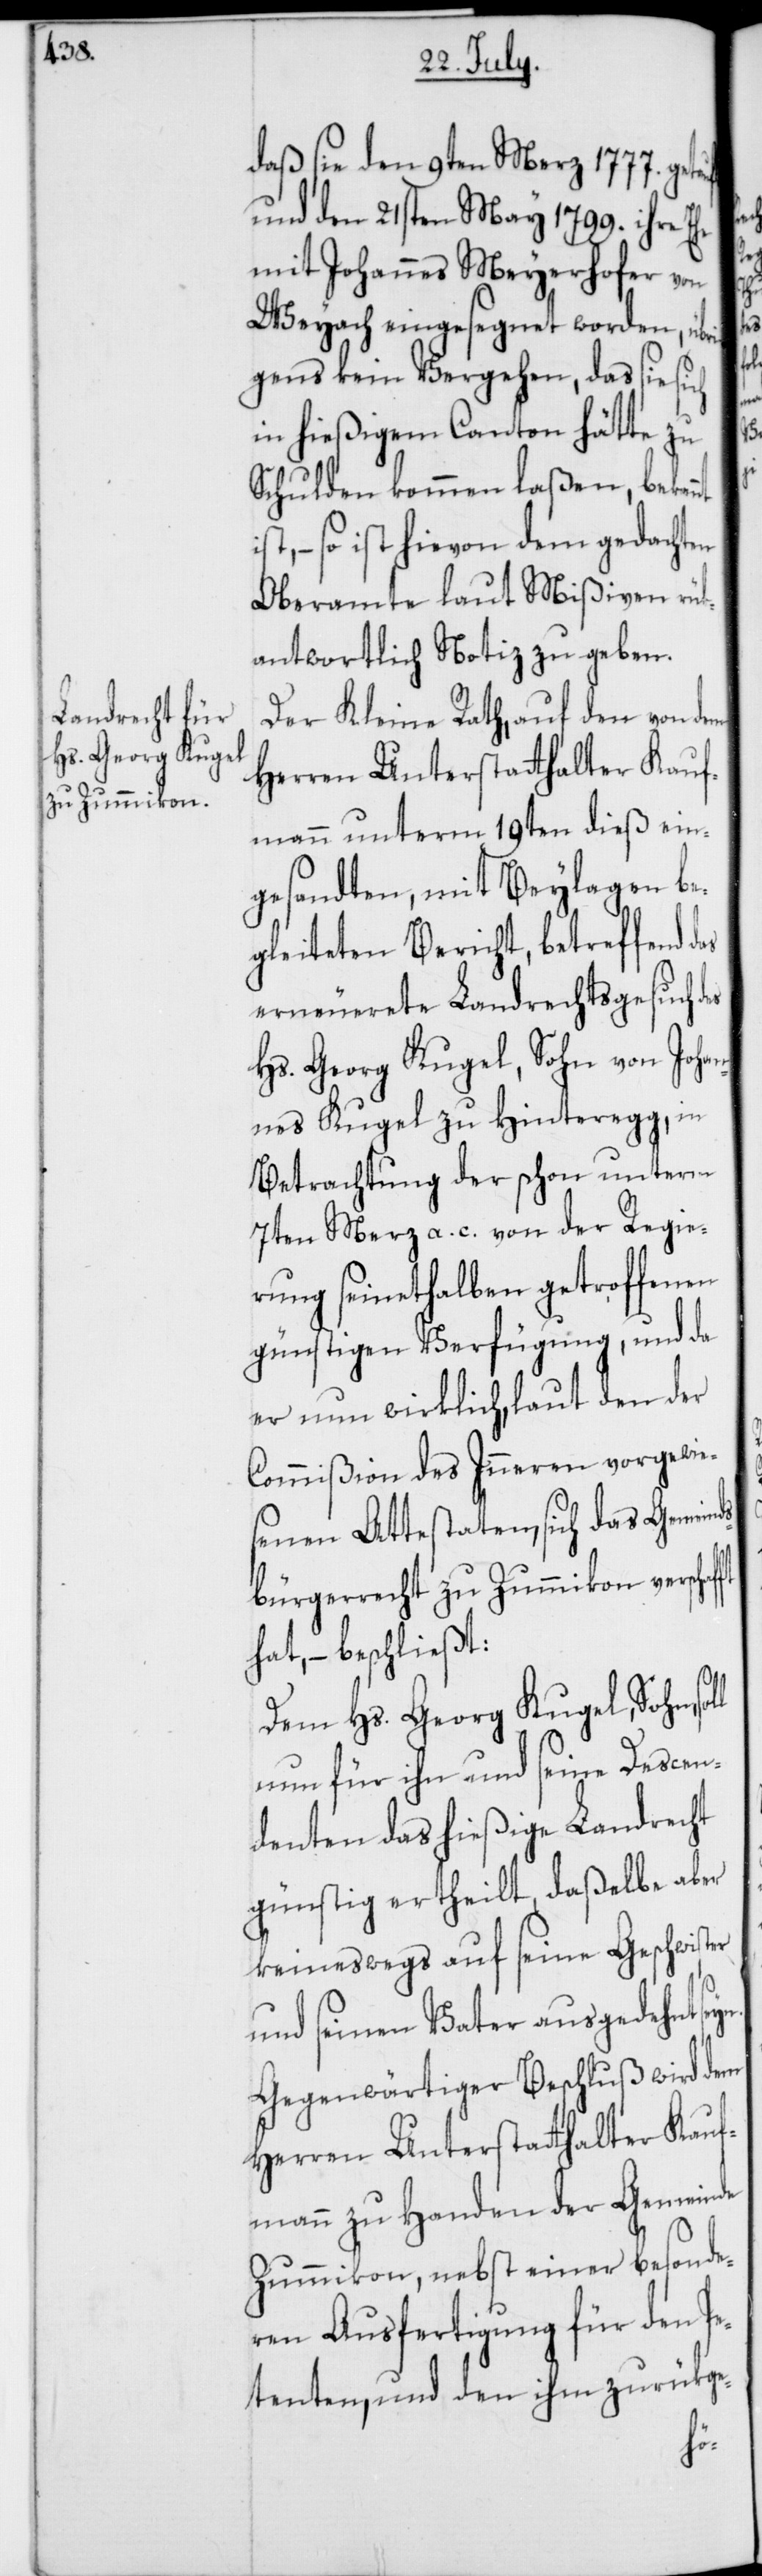
daß sie den 9ten Merz 1777. get¬
und den 21sten May 1799. ihre E¬
mit Johannes Meyerhofer von
Weyach eingesegnet worden, übr¬
igens kein Vergehen, das sie si¬
in hießigem Canton hätte zu
Schulden kommen laßen, bekannt
so ist hievon dem gedachten
Oberamte laut Mißiven rük¬
antwortlich Notiz zu geben.
Der Kleine Rath, auf den von dem
Herren Unterstatthalter Kauf¬
mann unterm 19ten dieß ein¬
gesandten, mit Beylagen be¬
gleiteten Bericht, betreffend
erneuerete Landrechtsgesuch des
Hs. Georg Kugel, Sohn von Johan¬
nes Kugel zu Hinteregg, in
Betrachtung der schon unterm
7ten Merz a. c. von der Regie¬
rung seinethalben getroffenen
günstigen Verfügung, und da
er nun wirklich, laut den der
Commißion des Inneren vorgewie¬
senen Attestaten, sich das Gemeind¬
sbürgerrecht zu Zummikon verschaf¬
hat, – beschließt:
Dem Hs. Georg Kugel, Sohn,
nun für ihn und seine Descen¬
denten das hießige Landrecht
günstig ertheilt, daßelbe aber
keineswegs auf seine Geschwister
und seinen Vater ausgedehnt se¬
Gegenwärtiger Beschluß wird dem
Herren Unterstatthalter Kauf¬
mann zu Handen der Gemeinde
Zummikon, nebst einer besonde¬
ren Ausfertigung für den Pe¬
tenten, und den ihm zurükge-
yn.